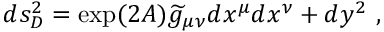
d s _ { D } ^ { 2 } = \exp ( 2 A ) { \widetilde g } _ { \mu \nu } d x ^ { \mu } d x ^ { \nu } + d y ^ { 2 } ~ ,